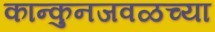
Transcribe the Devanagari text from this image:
कान्कुनजवळच्या